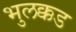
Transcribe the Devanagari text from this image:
भुलक्कड